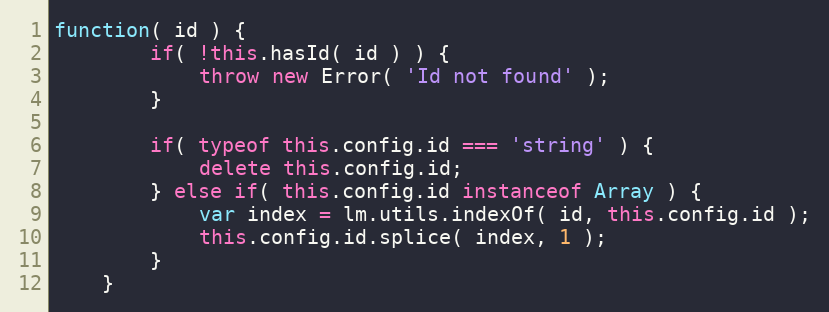
Language: JavaScript
function( id ) {
		if( !this.hasId( id ) ) {
			throw new Error( 'Id not found' );
		}

		if( typeof this.config.id === 'string' ) {
			delete this.config.id;
		} else if( this.config.id instanceof Array ) {
			var index = lm.utils.indexOf( id, this.config.id );
			this.config.id.splice( index, 1 );
		}
	}